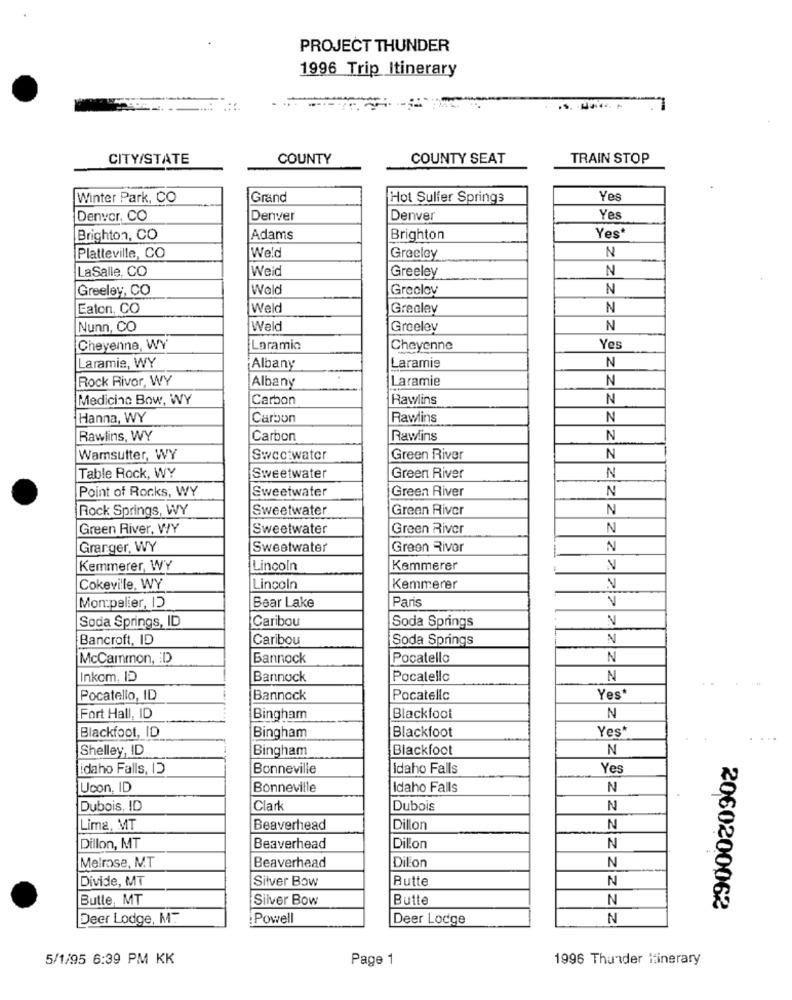
PROJECT THUNDER
1996 Trip Itinerary
CITY/STATE
COUNTY
COUNTY SEAT
TRAIN STOP
Winter Park, CO
Grand
Hot Sulfer Springs
Yes
Denvor, CO
Denver
Denver
Yes
Brighton, CO
Adams
Brighton
Yes*
N
Platteville, CO
Weld
Greeley
LaSalle, CO
Weld
N
Greeley
Greeley, CO
Wald
Greolov
N
Eaton, CO
Weld
Greeley
N
Nunn, CO
Weld
Greeley
N
Cheyenne, WY'
Laramio
Cheyenne
Yes
Laramie, WY
Albany
Laramie
N
Rock Rivor, WY
Albany
Laramie
N
Medicina Bow, WY
Carbon
Rawlins
N
Hanna, WY
Carbon
Rawlins
N
Rawlins, WY
Carbon
Rawlins
N
Wamsutter, WY
Sweetwater
Green River
N
N
Table Rock, WY
Sweetwater
Green River
Point of Rocks, WY
Sweetwater
Green River
N
Rock Springs, WY
Sweetwater
Green River
N
Green River, WY
Sweetwater
Green River
N
Granger, WY
Sweetwater
Green River
N
Kemmerer, WY
Lincoln
Kemmerer
Cokeville, WY
Lincoln
Kemmerer
N
Paris
V
Mon:palier, ID
Bear Lake
Caribou
V
Soda Springs, ID
Soda Springs
Bancroft, ID
Caribou
Soda Springs
N
McCammon, ED
Bannock
Pocatello
N
Inkom, ID
Bannock
Pocalello
N
Pocatello, ID
Bannock
Pocatello
Yes"
Fort Hall, ID
Bingham
Blackfoot
N
Blackfoot, ID
Yes'
Bingham
Blackfoot
Shelley, ID
Bingham
Blackfoot
N
idaho Falls, ID
Bonneville
Idaho Falls
Yes
Ucon, ID
Bonneville
Idaho Falls
N
Dubois, ID
Clark
Dubois
N
Lima, MT
Beaverhead
Dillon
N
Dillon, MT
Beaverhead
Dilon
N
Melrose, MT
Beaverhead
Dillon
N
Divide, MT
Silver Bow
Rutte
N
Butle, MT
Silver Bow
Butte
N
2060200062
Deer Lodge, MT
: Powell
Deer Lodge
N
5/1/95 6:39 PM KK
Page 1
1996 Thunder Itinerary